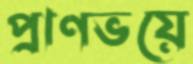
প্রাণভয়ে